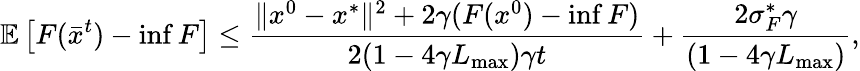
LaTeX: \mathbb{E}\left[F(\bar{x}^{t})-\operatorname*{inf}F\right]\leq\frac{\Vert x^{0}-x^{*}\Vert^{2}+2\gamma(F(x^{0})-\operatorname*{inf}F)}{2(1-4\gamma L_{\operatorname*{max}})\gamma t}+\frac{2\sigma_{F}^{*}\gamma}{(1-4\gamma L_{\operatorname*{max}})},